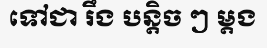
ទៅជា រឹង បន្តិច ៗ ម្តង